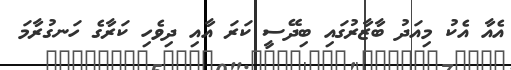
އެއާ އެކު މިއަދު ބާޒާރުގައި ބިދޭސީ ކަރަ އާއި ދިވެހި ކަރާގެ ހަނގުރާމަ